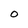
Character: 0